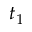
t _ { 1 }